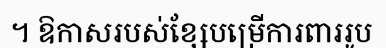
។ ឱកាសរបស់ខ្សែបម្រើការពាររូប